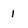
Character: I